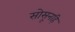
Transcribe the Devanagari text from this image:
सोसूनहि